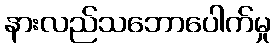
နားလည်သဘောပေါက်မှု